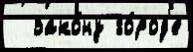
  зако́ну го́род'е